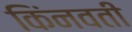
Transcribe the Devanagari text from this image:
किंनवती